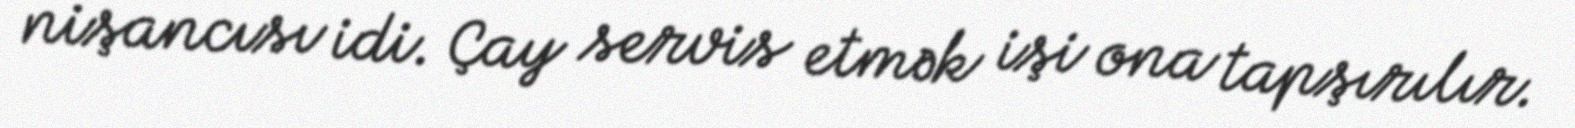
nişancısı idi. Çay servis etmək işi ona tapşırılır.